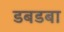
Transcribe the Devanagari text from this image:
डबडबा